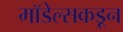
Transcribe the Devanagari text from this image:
मॉडेल्सकडून